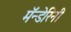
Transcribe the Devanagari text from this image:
मॅन्डेरिनी